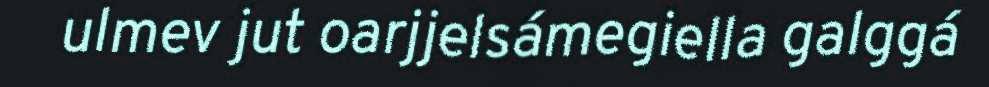
ulmev jut oarjjelsámegiella galggá